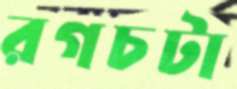
রগচটা